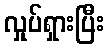
လှုပ်ရှားပြီး